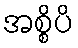
အစ္စိပိ